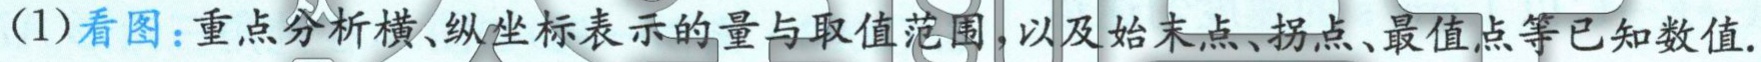
(1)看图：重点分析横、纵坐标表示的量与取值范围，以及始末点、拐点、最值点等已知数值.